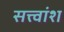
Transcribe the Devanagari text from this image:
सत्त्वांश